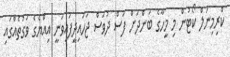
ކްރިމިނަލް ކޯޓުން މި މީހާގެ ބަންދަށް ފަސް ދުވަސް ޖަހައިދީފައިވަނީ އިއްޔެގެ ވަގުތެއްގައި